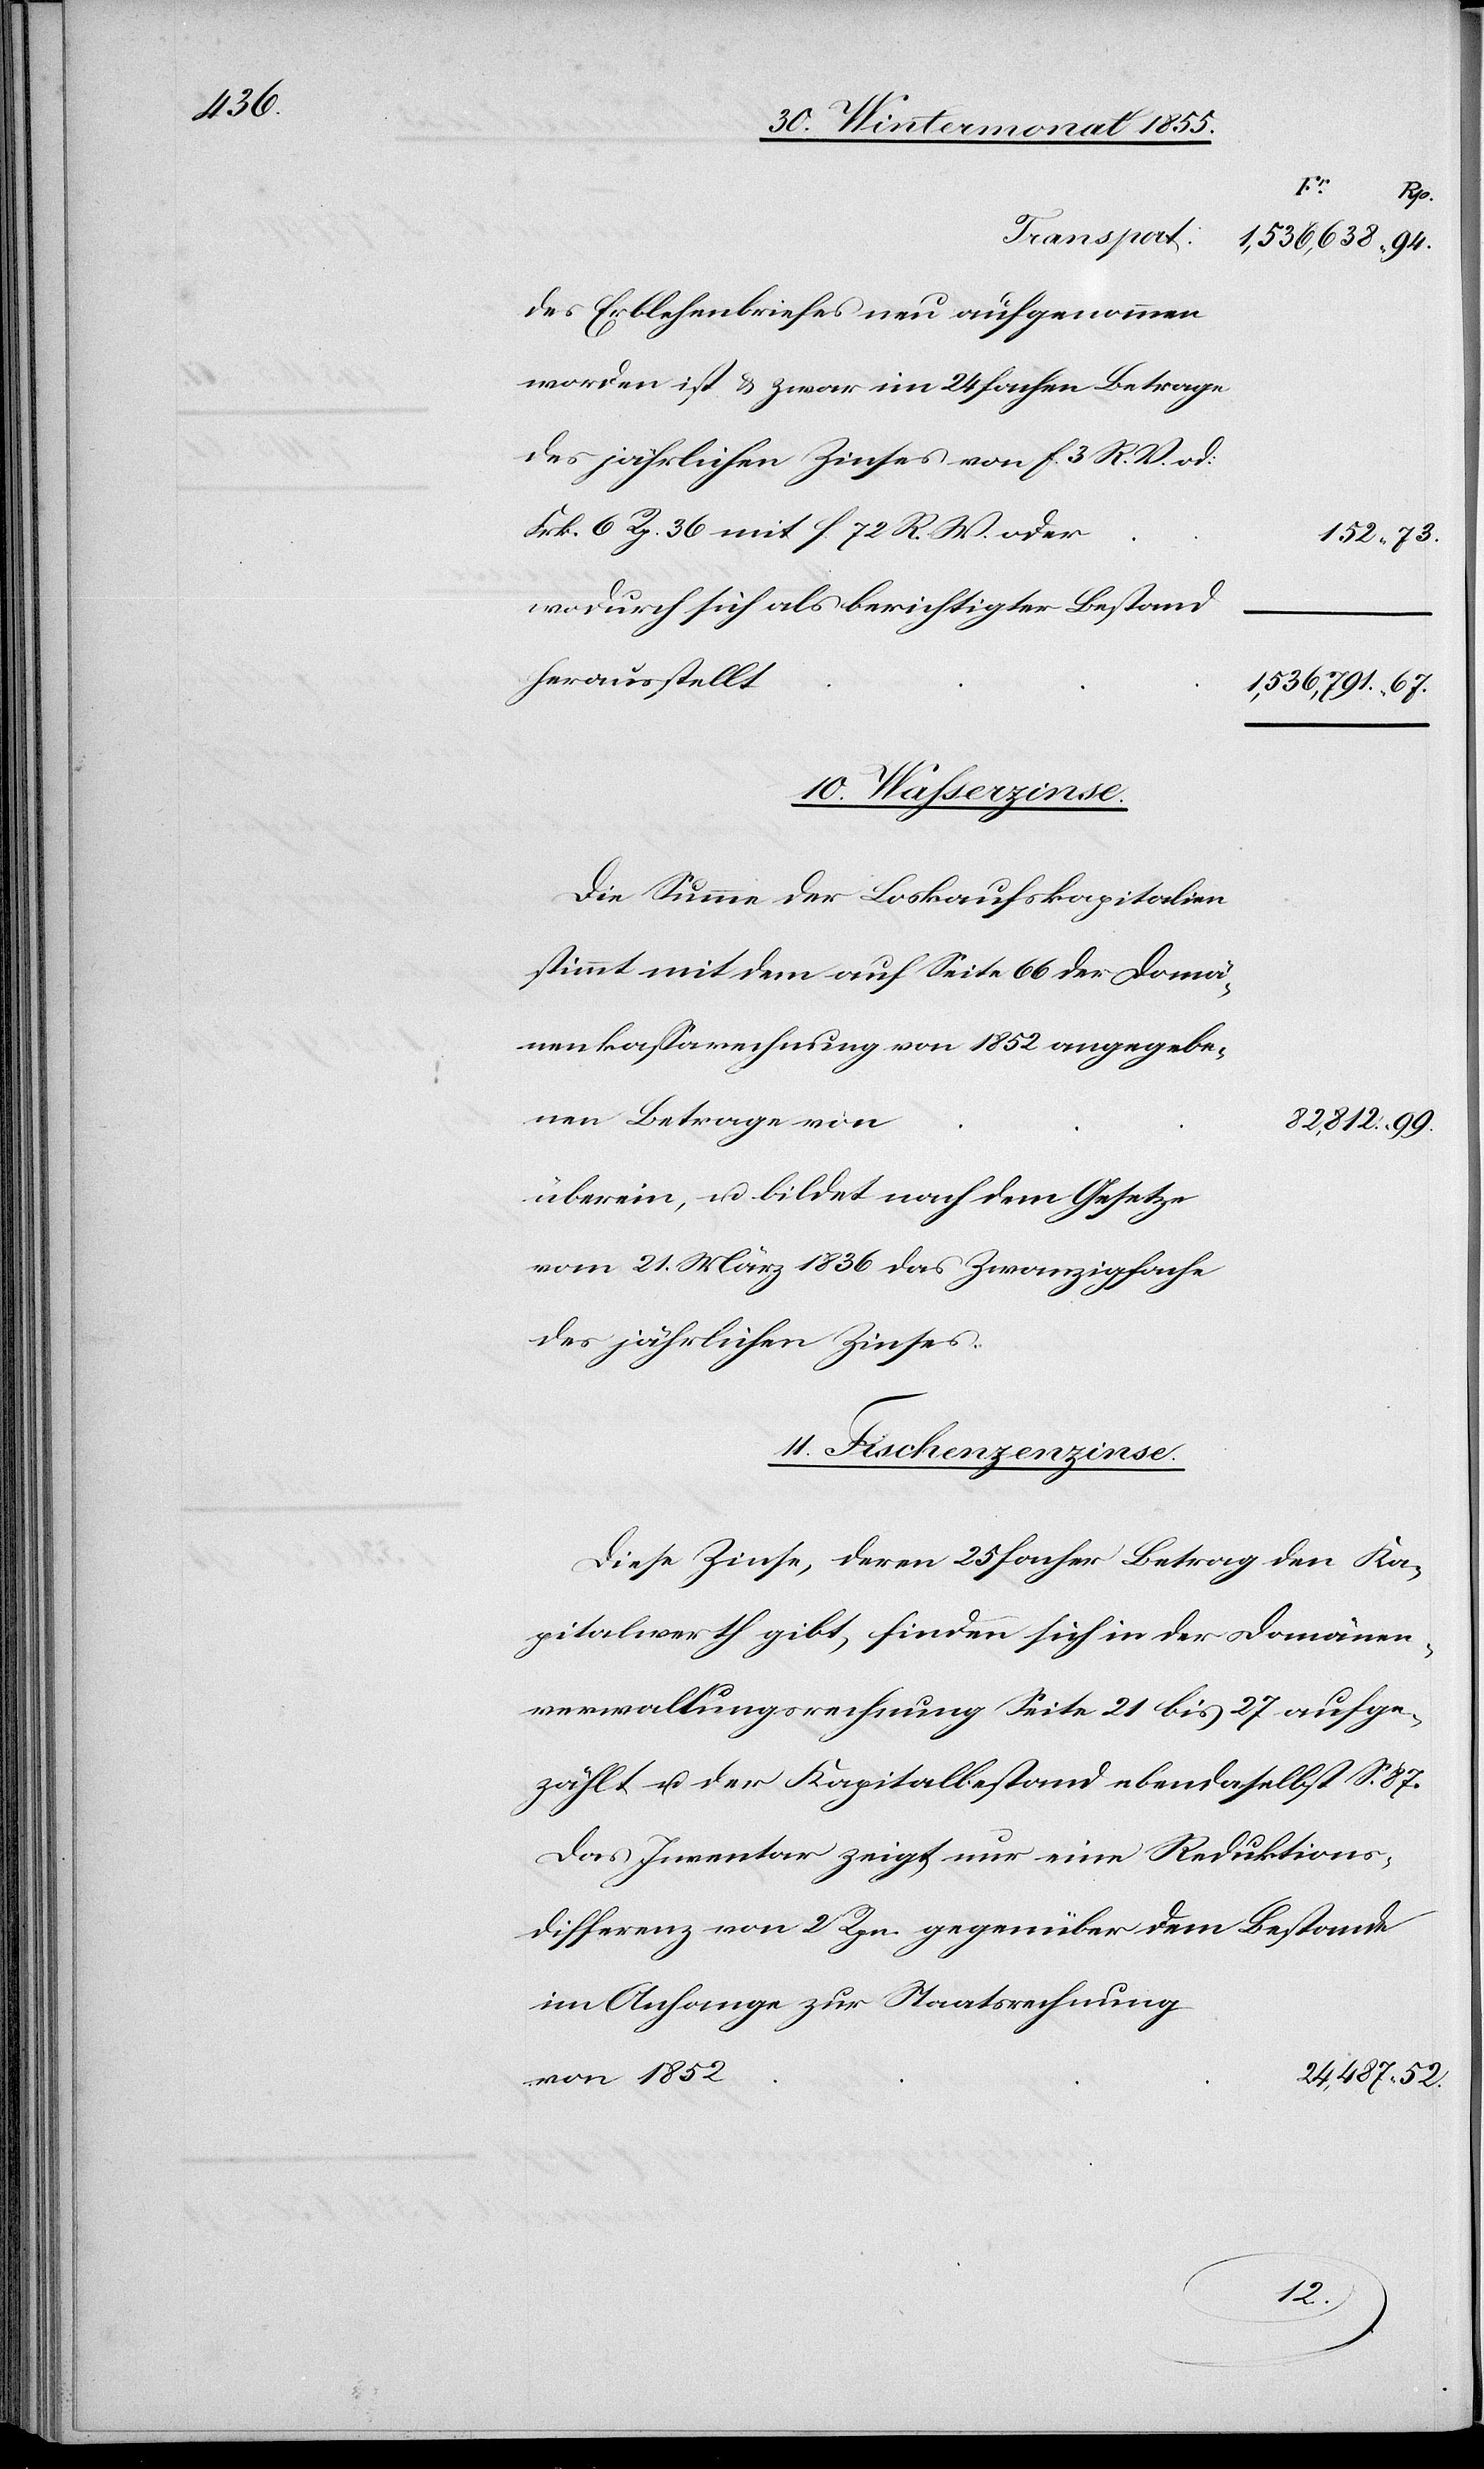
82,812.
99.
Transport:
1,536,638.
des Erblehenbriefes neu aufgenommen
worden ist & zwar im 24 fachen Betrage
des jährlichen Zinses von f. 3 R. V. od:
Frk. 6 Rp. 36 mit f. 72 R. W. oder
wodurch sich als berichtigter Bestand
herausstellt
10. Wasserzinse.
Die Summe der Loskaufskapitalien
stimmt mit dem auf Seite 66 der Domä¬
nenkassarechnung von 1852 angegebe¬
nen Betrage von
überein, u. bildet nach dem Gesetze
vom 21. März 1836 das Zwanzigfache
des jährlichen Zinses.
11. Fischenzenzinse.
Diese Zinse, deren 25 facher Betrag den Ka¬
pitalwerth gibt, finden sich in der Domänen¬
verwaltungsrechnung Seite 21 bis 27 aufge¬
zählt u. der Kapitalbestand ebendaselbst S. 87.
Das Inventar zeigt nur eine Reduktions¬
differenz von 2 Rpn. gegenüber dem Bestande
im Anhange zur Staatsrechnung
von 1852
52.